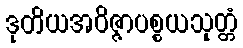
ဒုတိယအဝိဇ္ဇာပစ္စယသုတ္တံ